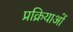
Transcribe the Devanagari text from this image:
प्रक्रियाओं